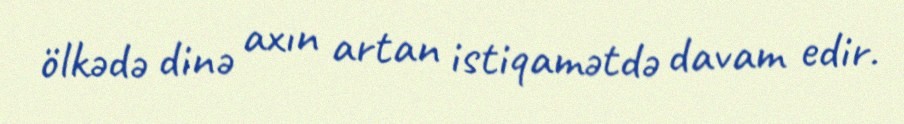
ölkədə dinə axın artan istiqamətdə davam edir.